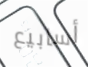
أسابيع